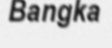
Bangka